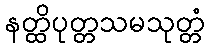
နတ္ထိပုတ္တသမသုတ္တံ